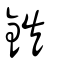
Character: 鉃